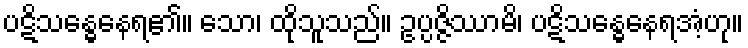
ပဋိသန္ဓေနေရ၏။ သော၊ ထိုသူသည်။ ဥပ္ပဇ္ဇိဿာမိ၊ ပဋိသန္ဓေနေရအံ့ဟု။